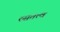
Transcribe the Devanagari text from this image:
रसतत्व